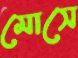
মোসে